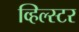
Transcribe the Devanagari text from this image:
व्हिल्स्टर